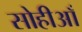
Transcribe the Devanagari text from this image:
सोहीआँ